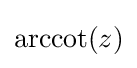
\operatorname {arccot} (z)